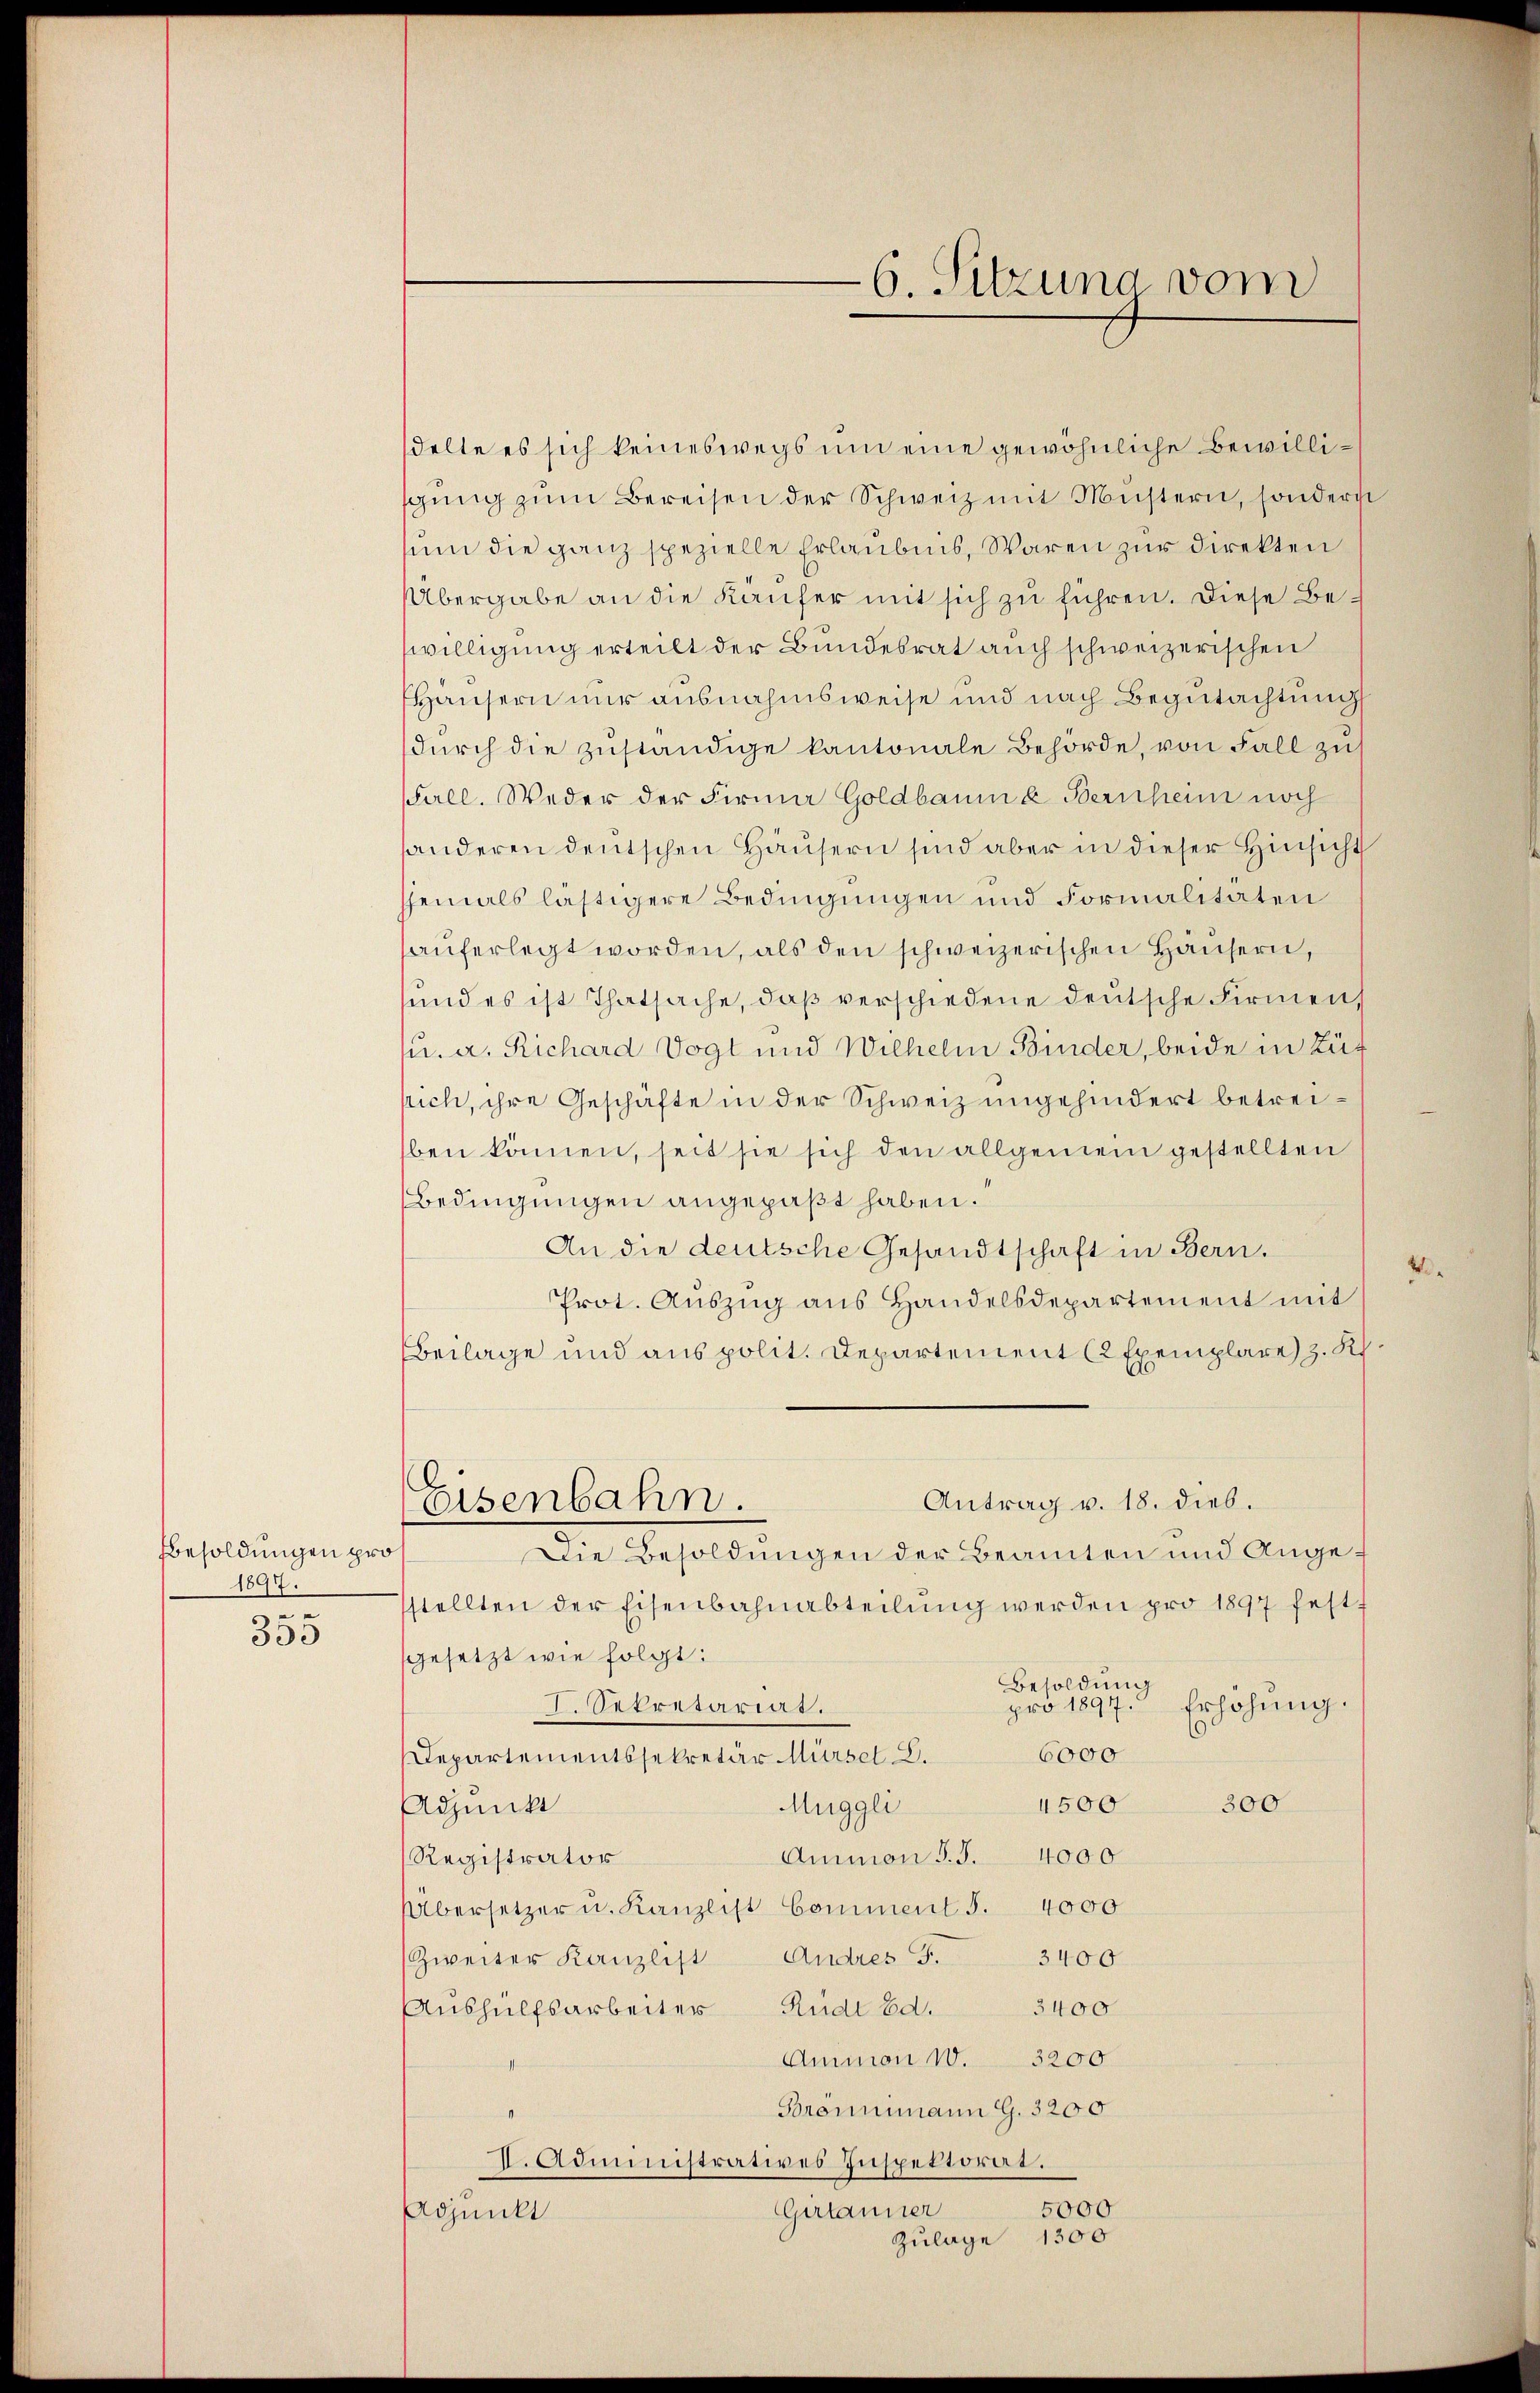
Besoldungen pro
1897.
n

353

delte es sich keineswegs um eine gewöhnliche Bewilligŭng zŭm Bereisen der Schweiz mit Müstern, sondern
sum die ganz spezielle Erlaubnis, Waren zur Direkten
Übergabe an die Käufer mit sich zu führen. Diese Bewilligung erteilt der Bundesrat auch schweizerischen
Häusern nur ausnahmsweise und nach Begutachtung
dŭrch die zŭständige kantonale Behörde, von Fall zu
Fall. Weder der Firma Goldbaum & Bernheim noch
anderen deutschen Häusern sind aber in dieser Hinsicht
jemals lästigere Bedingungen und Formalitäten
aŭferlegt worden, als den schweizerischen Hausern,
sund es ist Thatsache, daß verschiedene deutsche Firmen,
u. a. Richard Vogt und Wilhelm Binder, beide in Zuf
srich, ihre Geschäfte in der Schweiz ungehindert betreiben können, seit sie sich den allgemein gestellten
Bedingungen angepaßt haben.
An die deutsche Gesandtschaft in Bern.
Prot. Auszug aus Handelsdepartement mit
Beilage und aus polit. Departement (2 Exemplare) z. R.
Antrag v. 18. dieb.
Eisenbahn.
Die Besoldungen der Beanten und Angestellten der Eisenbahnabteilung werden pro 1897 fest f
gesetzt wie folgt:
Besoldung
pro 1897. Erhöhŭng.
eetretariat.
6000
Departementssekretär Mürsel 2.
4500
Muggli
Adjunkt
300
Ammon S. S. 4000
Registrator
Übersetzer u. Kanzlist Comment S. 4000
Zweiter Kanzlist Andres F. 3400
Aushülfsarbeiter Rudi Ed. 3400
Animon 10. 3200
Bronimann G. 3200
I. Administratives Inspektorat.
5000
Gerlauner
Adjunkt
Zulage 1300

6. Sitzung vom

2